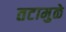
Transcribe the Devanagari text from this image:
तटामुळे